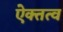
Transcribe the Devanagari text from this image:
ऐक्तत्व